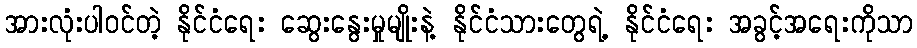
အားလုံးပါဝင်တဲ့ နိုင်ငံရေး ဆွေးနွေးမှုမျိုးနဲ့ နိုင်ငံသားတွေရဲ့ နိုင်ငံရေး အခွင့်အရေးကိုသာ